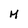
Character: M